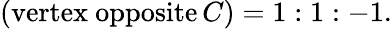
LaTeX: ({\mathrm{vertex~opposite}}\, C)=1:1:-1.